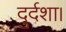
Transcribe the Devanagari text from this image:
दुर्दशा।